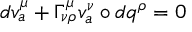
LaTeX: d v _ { a } ^ { \mu } + \Gamma _ { \nu \rho } ^ { \mu } v _ { a } ^ { \nu } \circ d q ^ { \rho } = 0